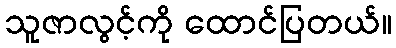
သူဇာလွင့်ကို ထောင်ပြတယ်။